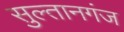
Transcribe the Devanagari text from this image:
सुल्‍तानगंज